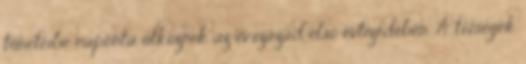
tüneteibe naponta ütköznek az évszázad első évtizedében. A tömegek